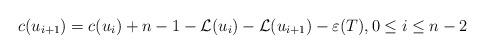
LaTeX: \begin{align*} c(u_{i+1}) = c(u_{i}) + n - 1 - \mathcal{L}(u_{i}) - \mathcal{L}(u_{i+1}) - \varepsilon(T), 0 \leq i \leq n-2 \end{align*}